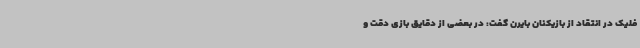
فلیک در انتقاد از بازیکنان بایرن گفت: در بعضی از دقایق بازی دقت و